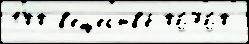
100 в'еществ'е́ 06760